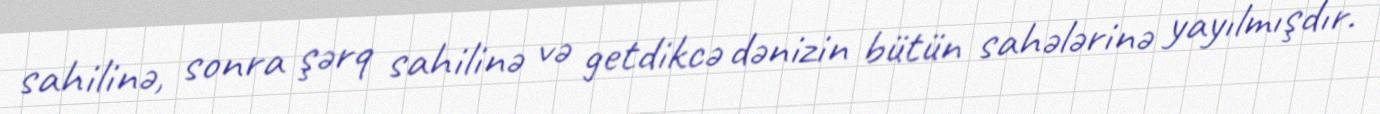
sahilinə, sonra şərq sahilinə və getdikcə dənizin bütün sahələrinə yayılmışdır.